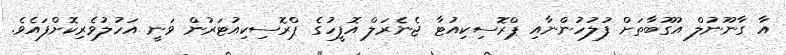
އާ ގާނޫނުލް އުގޫބާތަށް ފުލުހުންނާއި ޕްރޮސިކިއުޓާ ޖެނެރަލް އޮފީހުގެ ޕްރޮސިކިއުޓަރުން ވަނީ އަހުލުވެރިކޮށްފައެވެ.